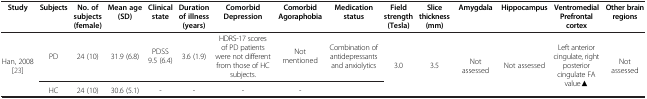
| Study | Subjects | No.of subjects(female) | Mean age(SD) | Clinical state | Duration of illness(years) | Comorbid Depression | Comorbid Agoraphobia | Medication status | Field strength(Tesla) | Slice thickness(mm) | Amygdala | Hippocampus | Ventromedial Prefrontal cortex | Other brain regions |
 | --- | --- | --- | --- | --- | --- | --- | --- | --- | --- | --- | --- | --- | --- | --- |
 | Han, 2008 [23] | PD | 24 (10) | 31.9 (6.8) | PDSS 9.5 (6.4) | 3.6 (1.9) | HDRS-17 scores of PD patients were not different from those of HC subjects. | Not mentioned | Combination of antidepressants and anxiolytics | 3.0 | 3.5 | Not assessed | Not assessed | Left anterior cingulate, right posterior cingulate FA value▲ | Not assessed |
 |  | HC | 24 (10) | 30.6 (5.1) | - | - | - | - |  |  |  |  |  |  |  |